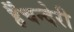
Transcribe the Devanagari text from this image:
र्हैंचन्देरी